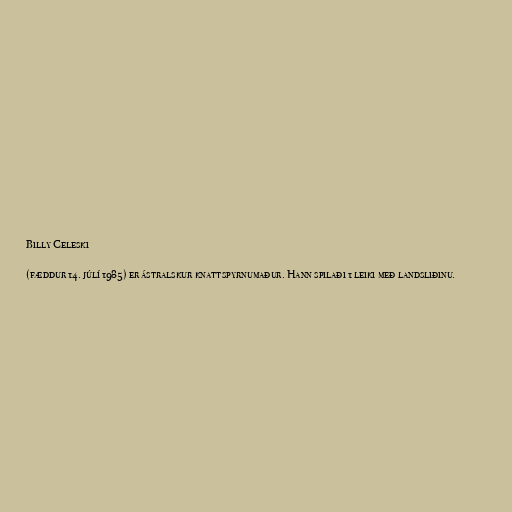
Billy Celeski

(fæddur 14. júlí 1985) er ástralskur knattspyrnumaður. Hann spilaði 1 leiki með landsliðinu.